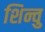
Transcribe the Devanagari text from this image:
शिन्वु